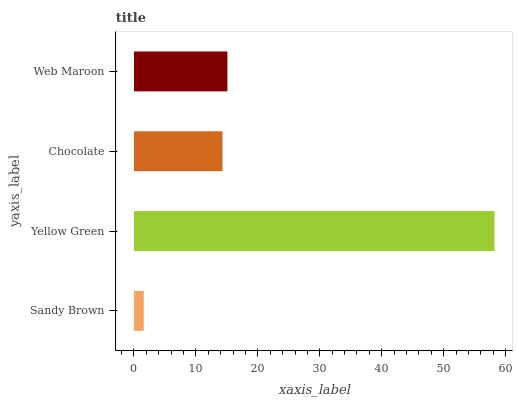
| yaxis_label | bars |
 | --- | --- |
 | Sandy Brown | 1.58 |
 | Yellow Green | 58.2 |
 | Chocolate | 14.3 |
 | Web Maroon | 15.1 |